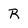
Character: R